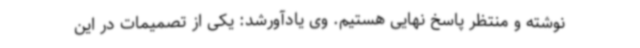
نوشته و منتظر پاسخ نهایی هستیم. وی یادآورشد: یکی از تصمیمات در این